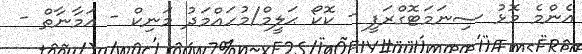
އެންމެ މޮޅު ސިނަމަޓޮގްރަފީ - ކޮކޯ ޙަލީމް/މުހައްމަދު މަނިކް - އަމާނާތް -